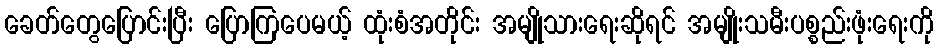
ခေတ်တွေပြောင်းပြီး ပြောကြပေမယ့် ထုံးစံအတိုင်း အမျိုသားရေးဆိုရင် အမျိုးသမီးပစ္စည်းဖုံးရေးကို